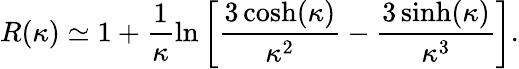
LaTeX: R(\kappa)\simeq 1+\frac{1}{\kappa}\ln\left[\frac{3\cosh(\kappa)}{\kappa^{2}}-\frac{3\sinh(\kappa)}{\kappa^{3}}\right].